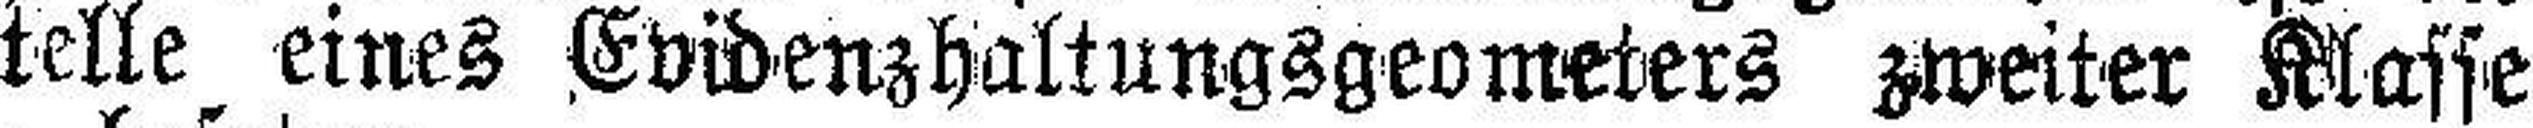
Stelle eines Evidenzhaltungsgeometers zweiter Klasse